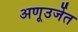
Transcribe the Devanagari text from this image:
अणूउर्जेत